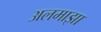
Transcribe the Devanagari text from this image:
अलमाझा